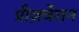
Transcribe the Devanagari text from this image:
प्रीज़र्वेशन